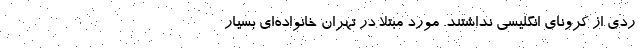
ردی از کرونای انگلیسی نداشتند. مورد مبتلا در تهران خانواده‌ای بسیار